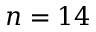
n = 1 4